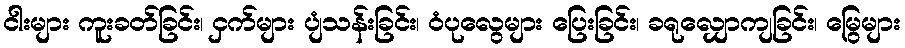
ငါးများ ကူးခတ်ခြင်း၊ ငှက်များ ပျံသန်းခြင်း၊ ဝံပုလွေများ ပြေးခြင်း၊ ခရုလျှောကျခြင်း၊ မြွေများ